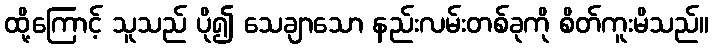
ထို့ကြောင့် သူသည် ပို၍ သေချာသော နည်းလမ်းတစ်ခုကို စိတ်ကူးမိသည်။